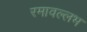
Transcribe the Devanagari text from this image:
रमावल्लभ